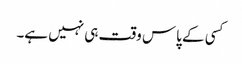
کسی کے پاس وقت ہی نہیں ہے۔